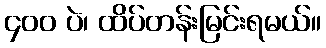
၄၀၀ ပဲ၊ ထိပ်တန်းမြင်းရမယ်။